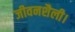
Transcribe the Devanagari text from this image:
जीवनशैली।